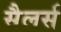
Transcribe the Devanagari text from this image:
सैलर्स